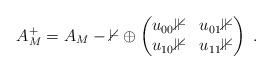
LaTeX: \begin{align*}A^+_M = A_M -\mathbb{0}\oplus\begin{pmatrix}u_{00}\mathbb{1}&u_{01}\mathbb{1}\\u_{10}\mathbb{1}&u_{11}\mathbb{1}\end{pmatrix}\;.\end{align*}